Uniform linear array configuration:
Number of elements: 4
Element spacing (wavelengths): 1
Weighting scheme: hamming
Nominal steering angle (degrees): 30
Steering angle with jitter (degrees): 28.644
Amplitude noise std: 0.05
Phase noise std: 0.05

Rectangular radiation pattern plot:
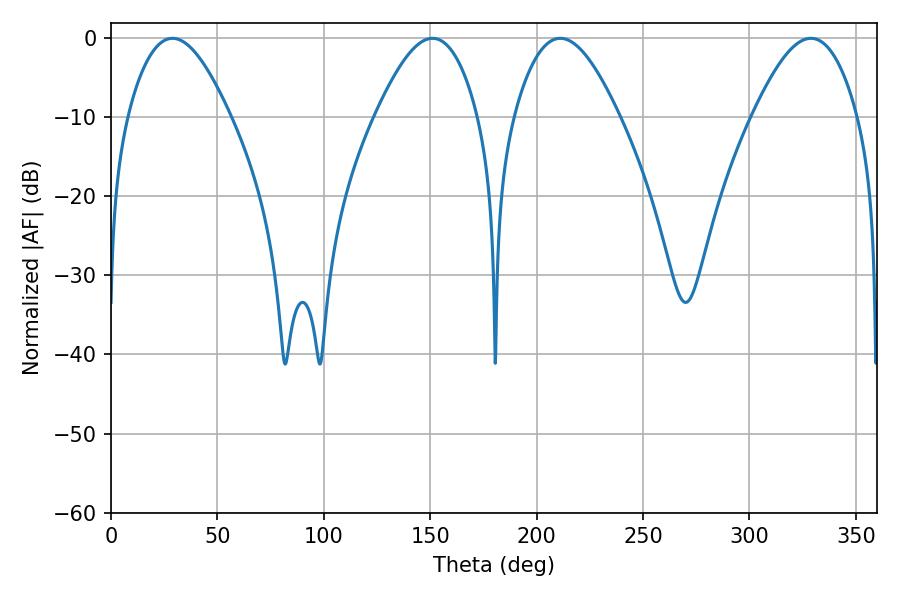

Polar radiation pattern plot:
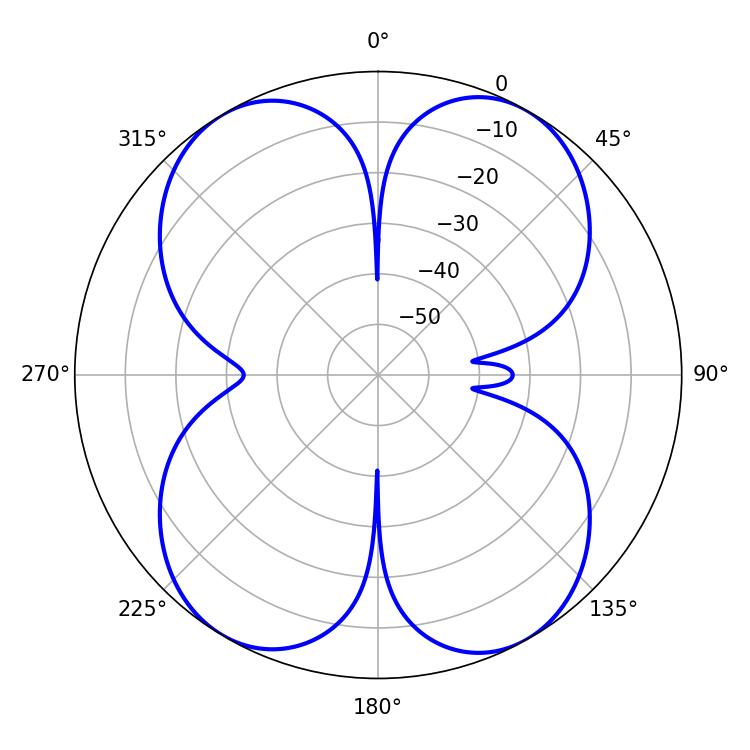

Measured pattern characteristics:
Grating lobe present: TRUE
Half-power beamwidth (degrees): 26.64
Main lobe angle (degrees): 211.14